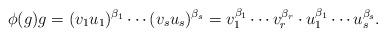
LaTeX: \begin{align*}\phi(g) g = (v_{1}u_{1})^{\beta_{1}}\cdots (v_{s}u_{s})^{\beta_{s}}=v_{1}^{\beta_{1}}\cdots v_{r}^{\beta_{r}} \cdot u_{1}^{\beta_{1}}\cdots u_{s}^{\beta_{s}}.\end{align*}